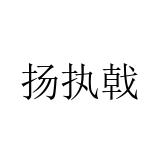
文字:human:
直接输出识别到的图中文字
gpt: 扬执戟